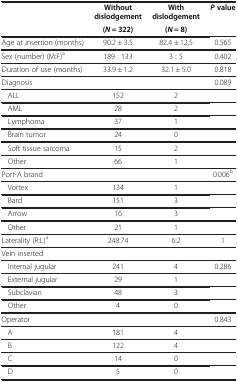
<table><thead><tr><td rowspan="3"><b> </b></td><td><b>Without</b></td><td><b>With</b></td><td><b><i>P </i>value</b></td></tr><tr><td><b>dislodgement</b></td><td><b>dislodgement</b></td><td><b> </b></td></tr><tr><td><b>(<i>N</i> = 322)</b></td><td><b>(<i>N</i> = 8)</b></td><td><b> </b></td></tr></thead><tbody><tr><td>Age at insertion (months)</td><td>90.2 ± 3.5</td><td>82.4 ± 12.5</td><td>0.565</td></tr><tr><td>Sex (number) (M:F)<sup>a</sup></td><td>189 : 133</td><td>3 : 5</td><td>0.402</td></tr><tr><td>Duration of use (months)</td><td>33.9 ± 1.2</td><td>32.1 ± 5.0</td><td>0.818</td></tr><tr><td>Diagnosis</td><td> </td><td> </td><td>0.089</td></tr><tr><td>ALL</td><td>152</td><td>2</td><td> </td></tr><tr><td>AML</td><td>28</td><td>2</td><td> </td></tr><tr><td>Lymphoma</td><td>37</td><td>1</td><td> </td></tr><tr><td>Brain tumor</td><td>24</td><td>0</td><td> </td></tr><tr><td>Soft tissue sarcoma</td><td>15</td><td>2</td><td> </td></tr><tr><td>Other</td><td>66</td><td>1</td><td> </td></tr><tr><td>Port-A brand</td><td> </td><td> </td><td>0.006<sup>b</sup></td></tr><tr><td>Vortex</td><td>134</td><td>1</td><td> </td></tr><tr><td>Bard</td><td>151</td><td>3</td><td> </td></tr><tr><td>Arrow</td><td>16</td><td>3</td><td> </td></tr><tr><td>Other</td><td>21</td><td>1</td><td> </td></tr><tr><td>Laterality (R:L)<sup>a</sup></td><td>248:74</td><td>6:2</td><td>1</td></tr><tr><td>Vein inserted</td><td> </td><td> </td><td> </td></tr><tr><td>Internal jugular</td><td>241</td><td>4</td><td>0.286</td></tr><tr><td>External jugular</td><td>29</td><td>1</td><td> </td></tr><tr><td>Subclavian</td><td>48</td><td>3</td><td> </td></tr><tr><td>Other</td><td>4</td><td>0</td><td> </td></tr><tr><td>Operator</td><td> </td><td> </td><td>0.843</td></tr><tr><td>A</td><td>181</td><td>4</td><td> </td></tr><tr><td>B</td><td>122</td><td>4</td><td> </td></tr><tr><td>C</td><td>14</td><td>0</td><td> </td></tr><tr><td>D</td><td>5</td><td>0</td><td> </td></tr></tbody></table>